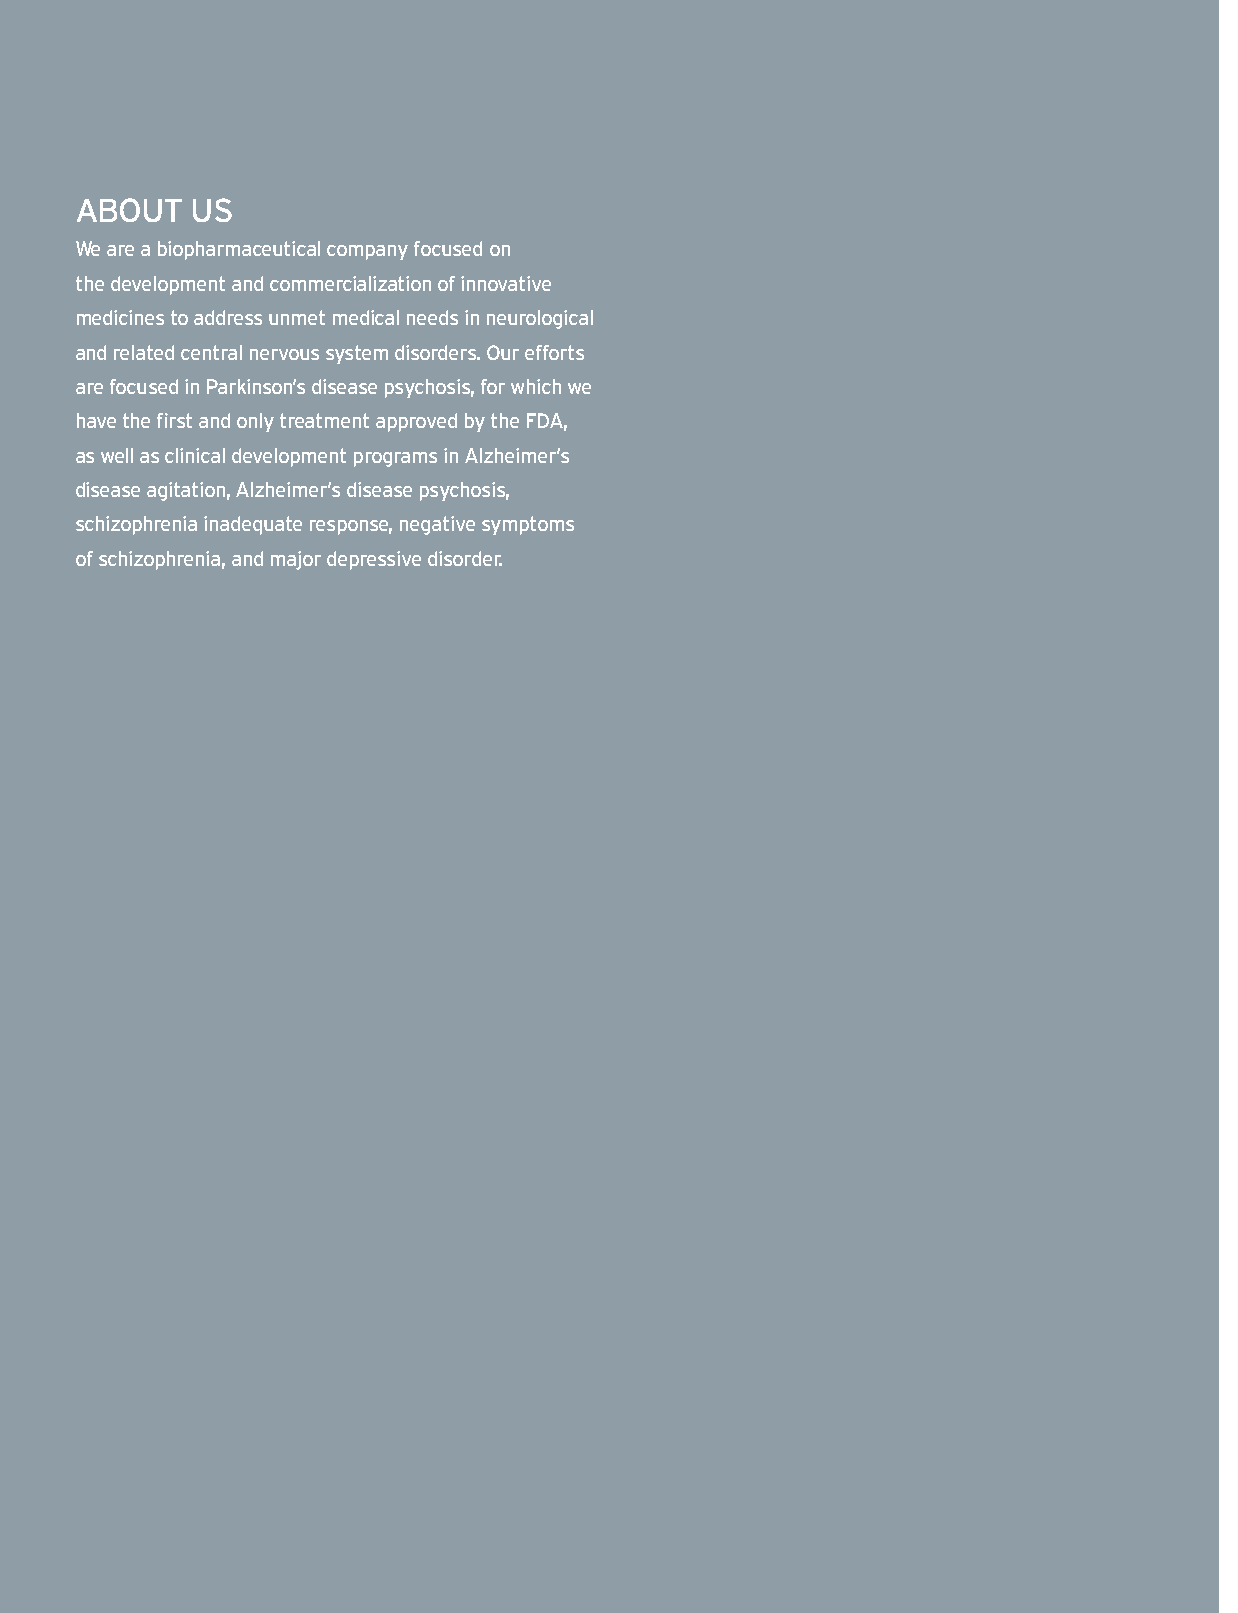
ABOUT   US
 We are a biopharmaceutical company focused on
 the development and commercialization of innovative
 medicines to address unmet medical needs in neurological
 and related central nervous system disorders. Our efforts
 are focused in Parkinson’s disease psychosis, for which we
 have the first and only treatment approved by the FDA,
 as well as clinical development programs in Alzheimer’s
 disease agitation, Alzheimer’s disease psychosis,
 schizophrenia inadequate response, negative symptoms
 of schizophrenia, and major depressive disorder.